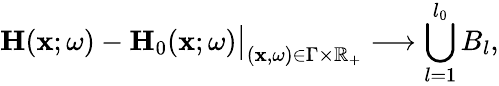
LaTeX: \mathbf{H}(\mathbf{x};\omega)-\mathbf{H}_{0}(\mathbf{x};\omega)\big|_{(\mathbf{x},\omega)\in\Gamma\times\mathbb{R}_{+}}\longrightarrow\bigcup_{l=1}^{l_{0}}B_{l},